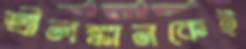
শ্রীলঙ্কানকেই